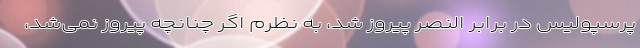
پرسپولیس در برابر النصر پیروز شد، به نظرم اگر چنانچه پیروز نمی‌شد،